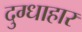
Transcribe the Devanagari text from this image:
दुग्धाहार